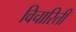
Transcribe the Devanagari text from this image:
विचारिती